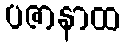
ပဇာနာထ